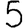
Digit: 5